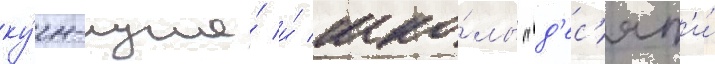
ку́н-луна́ и́ шко́лы "д'ес'ят'и́